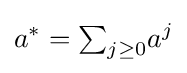
a^{*}={\textstyle \sum }_{j\geq 0}{a^{j}}